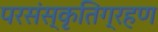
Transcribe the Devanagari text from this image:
परसंस्कृतिग्रहण